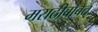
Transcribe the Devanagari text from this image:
मराठीबाबत